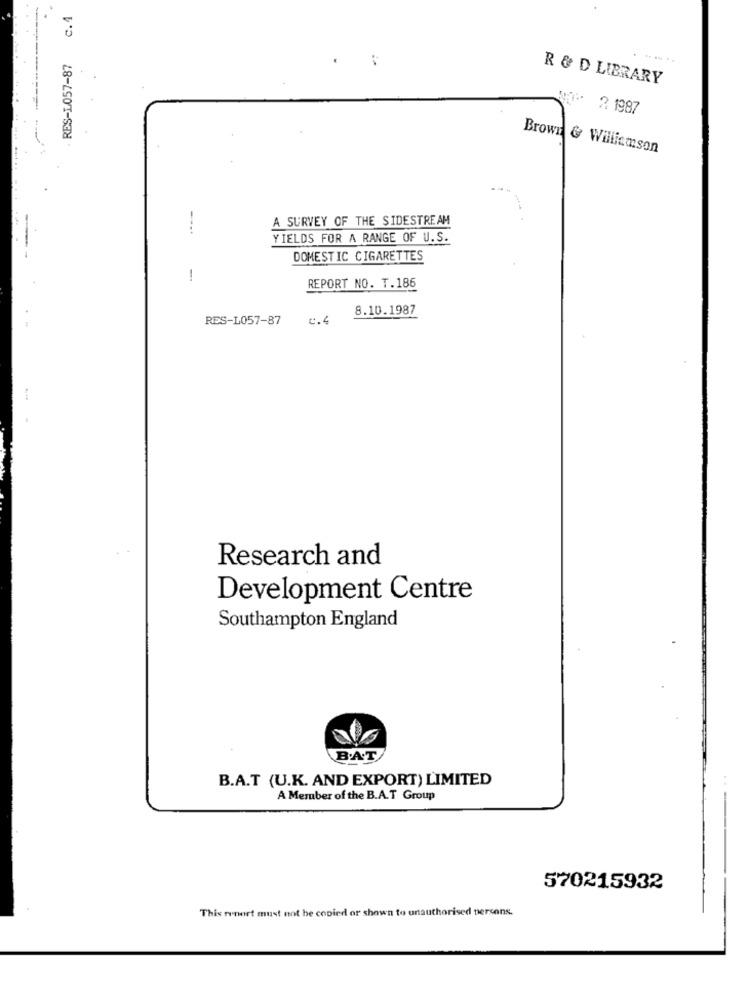
c.4
RES-L057-87
R & D LIBRARY
2 1987
Brown & Williamson
A SURVEY OF THE SIDESTREAM
---.
YIELDS FOR A RANGE OF U.S.
DOMESTIC CIGARETTES
-
REPORT NO. T.186
8.10.1987
RES-L057-87
0.4
Research and
Development Centre
Southampton England
B.A.T
B.A.T (U.K. AND EXPORT) LIMITED
A Member of the B.A.T Group
570215932
This report must not be copied or shown to unauthorised persons.